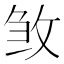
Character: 𭣰